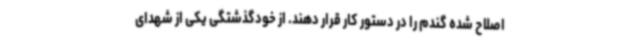
اصلاح شده گندم را در دستور کار قرار دهند. از خودگذشتگی یکی از شهدای